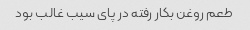
طعم روغن بکار رفته در پای سیب غالب بود